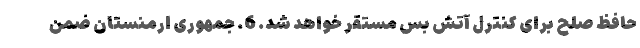
حافظ صلح برای کنترل آتش بس مستقر خواهد شد. 6. جمهوری ارمنستان ضمن